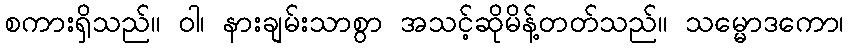
စကားရှိသည်။ ဝါ၊ နားချမ်းသာစွာ အသင့်ဆိုမိန့်တတ်သည်။ သမ္မောဒကော၊